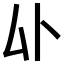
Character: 𫨦